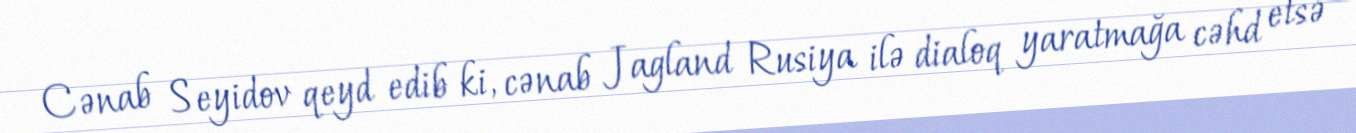
Cənab Seyidov qeyd edib ki, cənab Jagland Rusiya ilə dialoq yaratmağa cəhd etsə